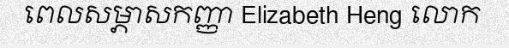
ពេលសម្ភាសកញ្ញា Elizabeth Heng លោក